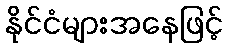
နိုင်ငံများအနေဖြင့်